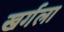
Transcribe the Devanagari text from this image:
खर्गला